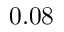
0 . 0 8